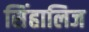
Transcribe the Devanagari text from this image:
सिंहालिज